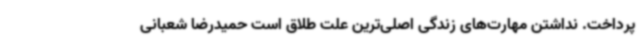
پرداخت. نداشتن مهارت‌های زندگی اصلی‌ترین علت طلاق است حمیدرضا شعبانی